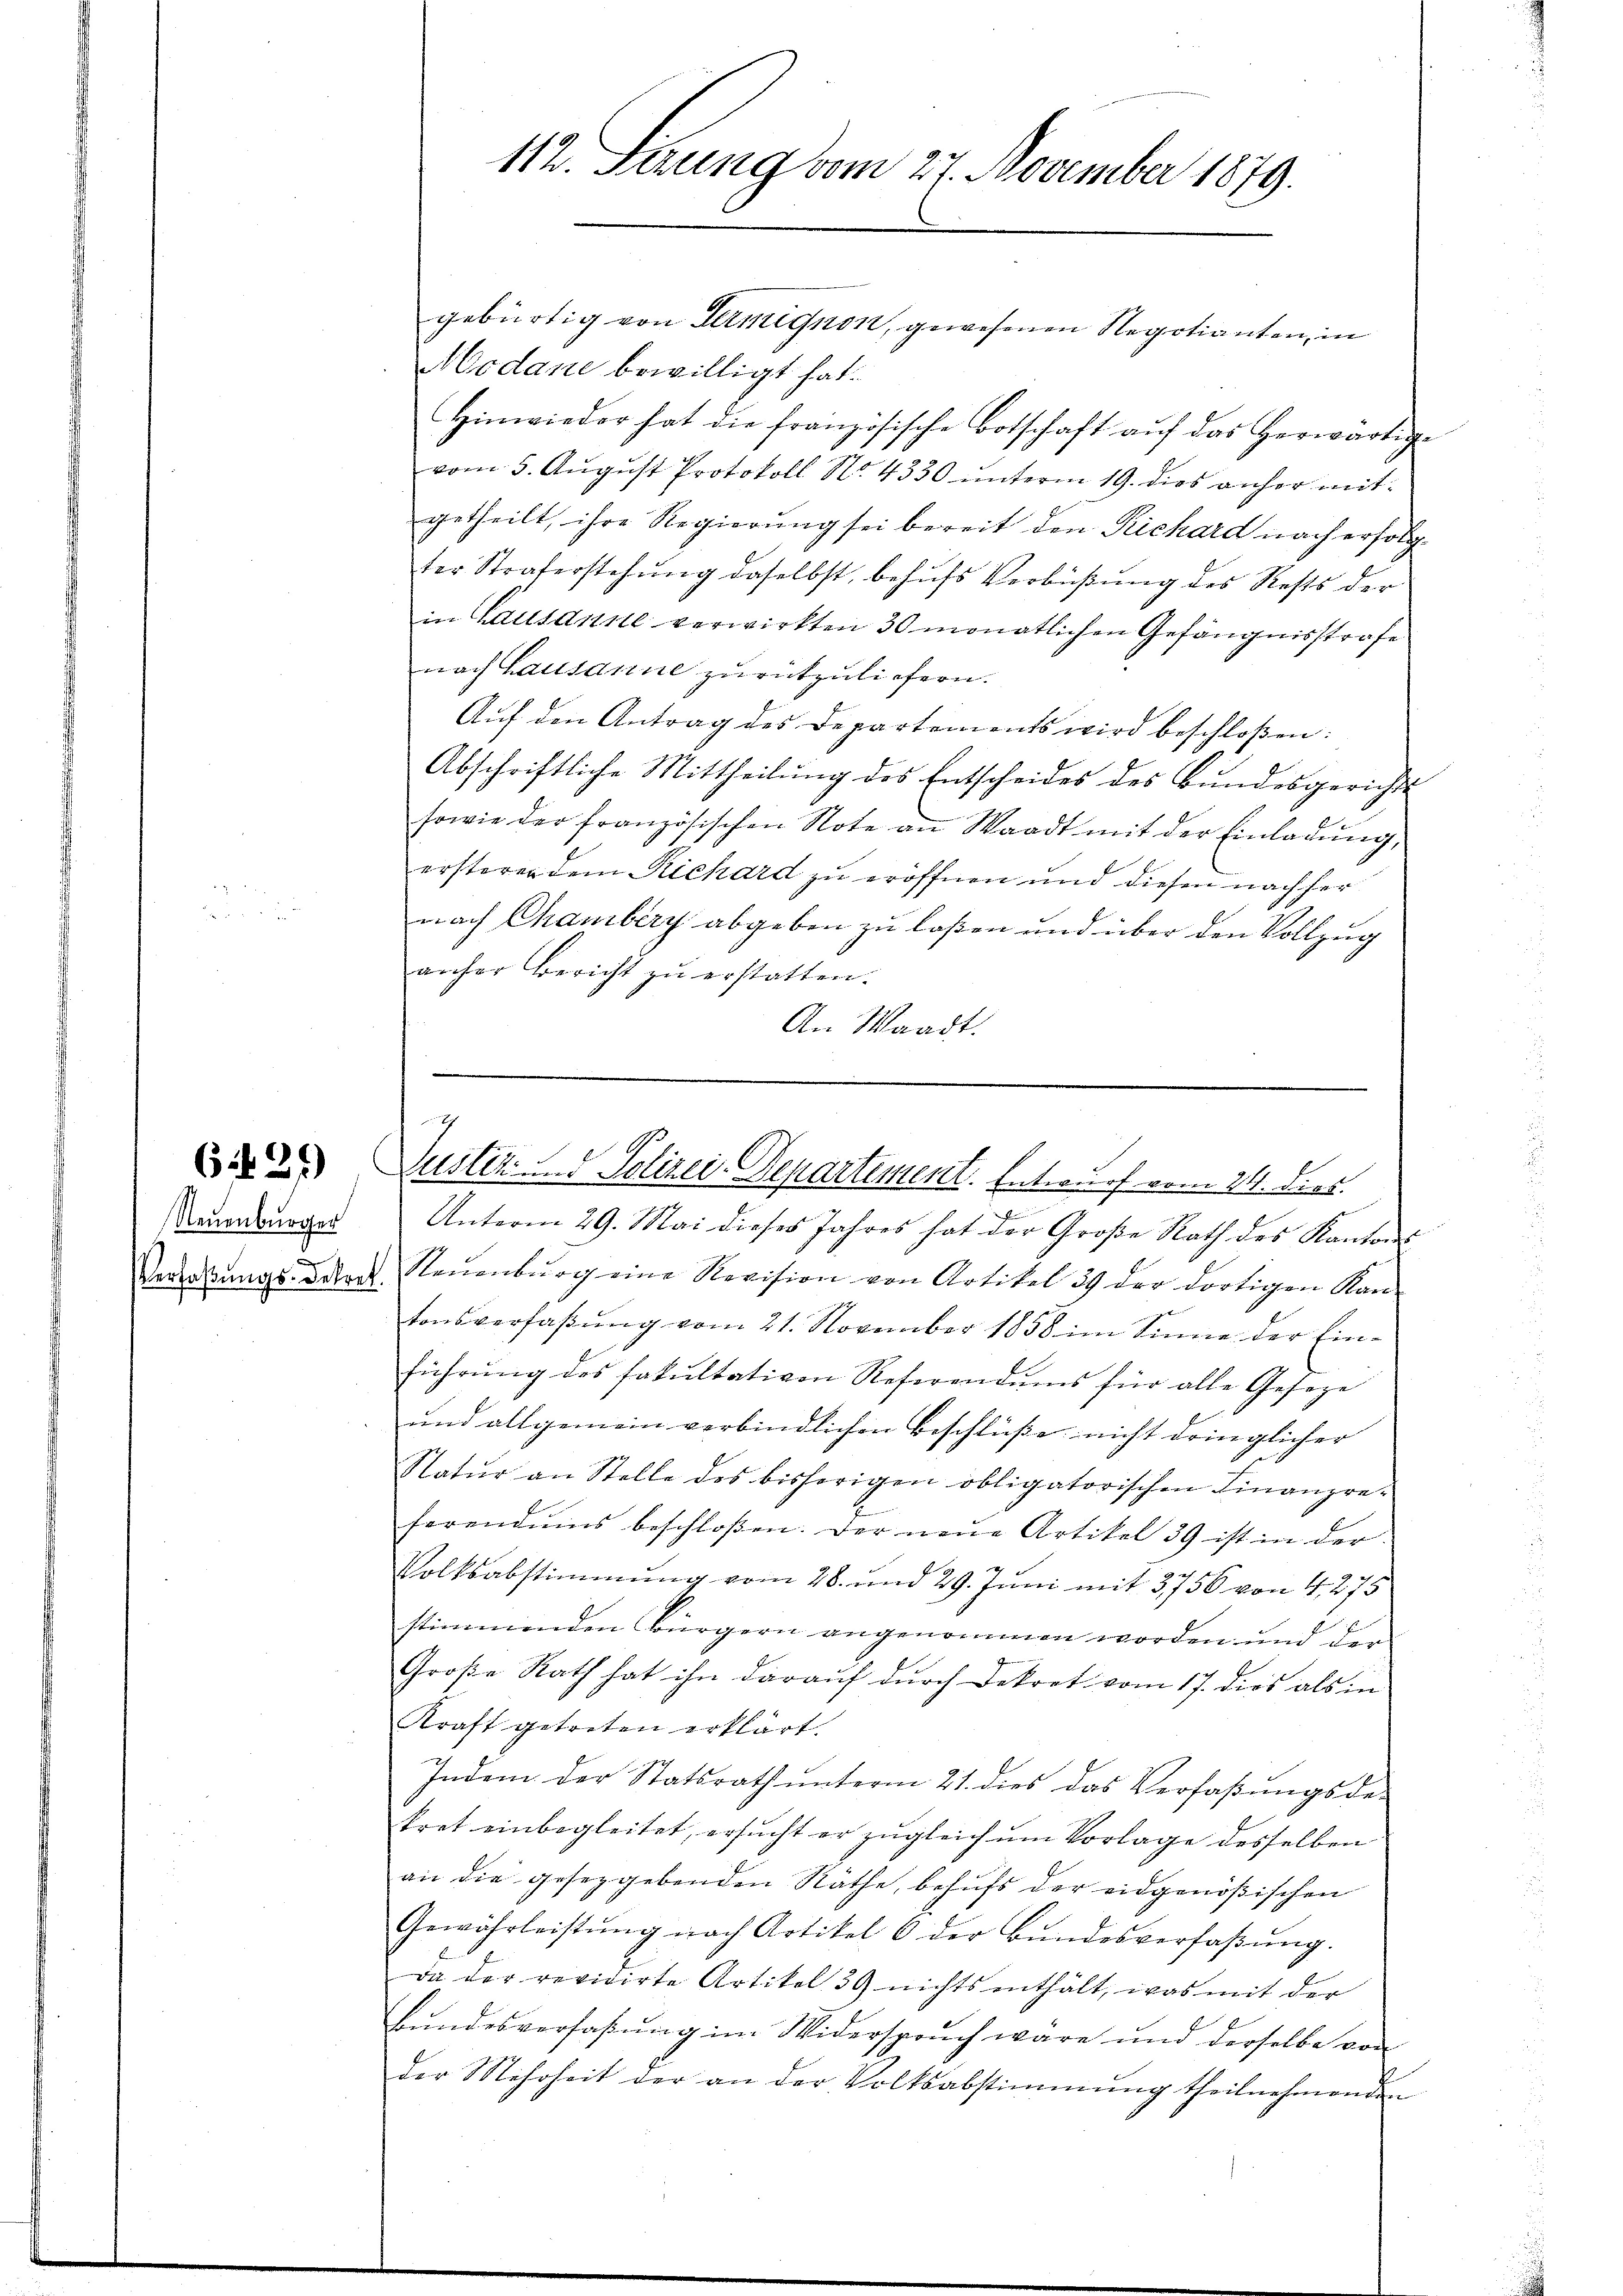
6 f 24

Neuenburger
Verfaßungs-Dekret.

112. Seung vom 27. November 1879.

gebürtig von Termignon, gewesenen Regotianten, in
Modane bewilligt hat.
Hinwieder hat die französische Botschaft auf das herwärtige
vom 5. August Protokoll No 4330 unterm 19. dies anher mitgetheilt, ihre Regierung sei bereit den Richard nach erfolgter Straferstehung daselbst, behufs Verbüßung des Rests der
in Lausanne verwirkten 30 monatlichen Gefängnisstrafe
nach Lausanne zurückzuliefern.
Aŭf den Antrag des Departements wird beschloßen:
Abschriftliche Mittheilung des Entscheides des Bundesgerichts
sowie der französischen Note an Waadt mit der Einladŭng,
ersteren dem Richard zu eröffnen und diesen nachher
nach Chamberg abgeben zu laßen und über den Vollzug
anher Bericht zu erstatten.
An Waadt.
Unterm 29. Mai dieses Jahres hat der Große Rath des Kantons
Neŭenbŭrg eine Revision von Artikel 39 der dortigen Kan-
tonsverfaßung vom 21. November 1858 im Sinne der Einführŭng des Fakultativen Referendums für alle Geseze
und allgemein verbindlichen Beschlüße nicht dringlicher
Natŭr an Stelle des bisherigen obligatorischen Finanzre-
ferendums beschloßen. Der neue Artikel 39 ist in der
Volksabstimmung vom 28. und 29. Juni mit 3756 von 4,275
stimmenden Bürgern angenommen worden und der
Große Rath hat ihn darauf durch Dekret vom 17. dies als in
Kraft getreten erklärt.
Indem der Statsrath unterm 21. dies das Verfaßungsdekret einbegleitet, ersucht er zugleich um Vorlage desselben
an die gesetzgebenden Räthe, behufs der eidgenößischen
Gewährleistŭng nach Artikel 6 der Bŭndesverfaβŭng.
Da der revidirte Artikel 39 nichts enthält, was mit der
Bundesverfaßung im Widerspruch wäre und derselbe von
der Mehrheit der an der Volksabstimmung theilnehmenden

7
Justiz ... Polizei-Departement. Entwurf vom 24. dies.